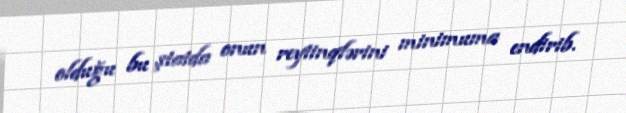
olduğu bu ştatda onun reytinqlərini minimuma endirib.